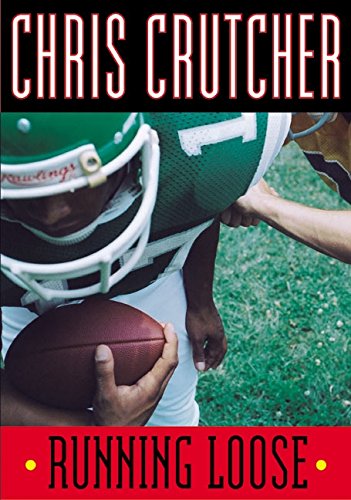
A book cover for Running Loose; Chris Crutcher; Teen & Young Adult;